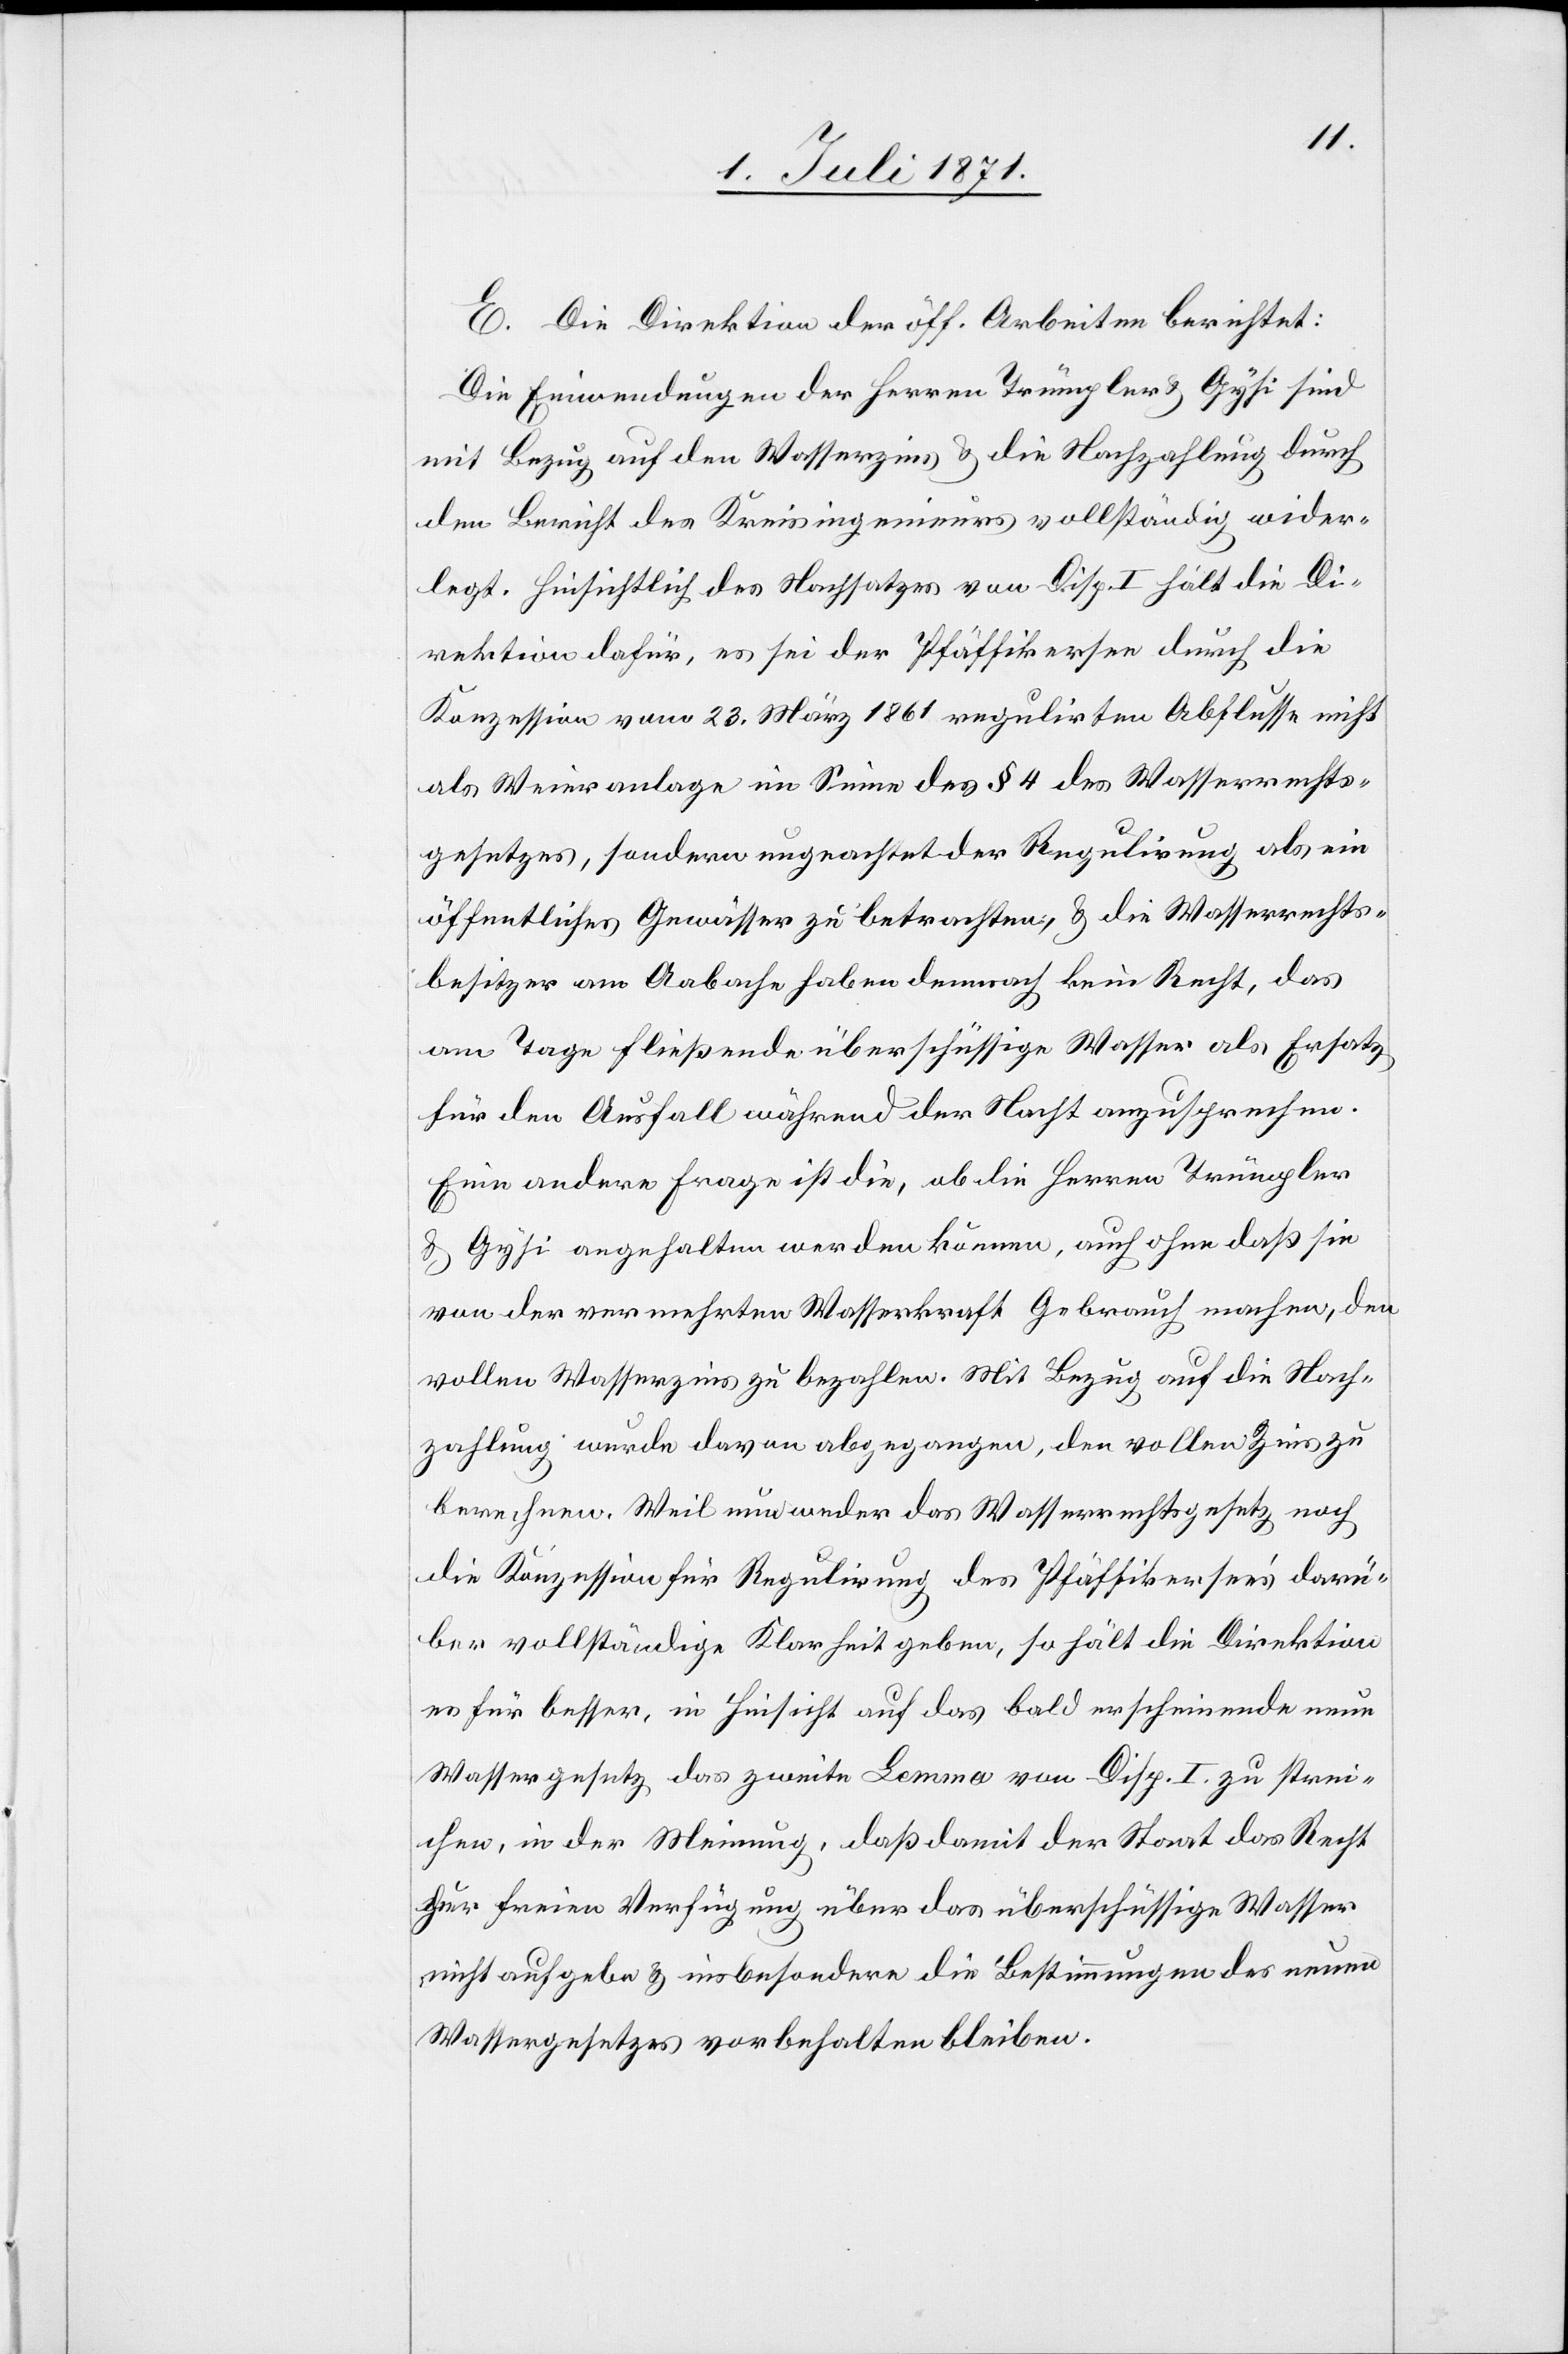
E. Die Direktion der öff. Arbeiten berichtet:
Die Einwendungen der Herren Trümpler u. Gysi sind
mit Bezug auf den Wasserzins u. die Nachzahlung durch
den Bericht des Kreisingenieurs vollständig wider¬
legt. Hinsichtlich des Nachsatzes von Disp. I hält die Di¬
rektion dafür, es sei der Pfäffikersee durch die
Konzession vom 23. März 1861 regulirten Abflusse [sic!]
als Weieranlage im Sinne des § 4 des Wasserrechts¬
gesetzes, sondern ungeachtet der Regulirung als ein
öffentliches Gewässer zu betrachten, u. die Wasserrechts¬
besitzer am Aabache haben demnach kein Recht, das
am Tage fließende überschüssige Wasser als Ersatz
für den Ausfall während der Nacht anzusprechen.
Eine andere Frage ist die, ob die Herren Trümpler
u. Gysi angehalten werden können, auch ohne daß sie
von der vermehrten Wasserkraft Gebrauch machen, den
vollen Wasserzins zu bezahlen. Mit Bezug auf die Nach¬
zahlung wurde davon abgegangen, den vollen Zins zu
berechnen. Weil nun weder das Wasserrechtsgesetz noch
die Konzession für Regulirung des Pfäffikersee’s darü¬
ber vollständige Klarheit geben, so hält die Direktion
es für besser, in Hinsicht auf das bald erscheinende neue
Wassergesetz das zweite Lemma von Disp. I. zu strei¬
chen, in der Meinung, daß damit der Staat das Recht
zur freien Verfügung über das überschüssige Wasser
nicht aufgebe u. insbesondere die Bestimmung des neuen
Wassergesetzes vorbehalten bleiben.